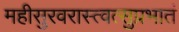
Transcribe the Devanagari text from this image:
महीसुरवरास्त्वत्सुप्रभातं